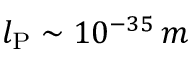
l _ { \mathrm { P } } \sim 1 0 ^ { - 3 5 } \, m